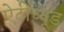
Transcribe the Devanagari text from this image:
ऐटीच्यूड